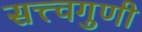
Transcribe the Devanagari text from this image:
सत्त्वगुणी